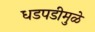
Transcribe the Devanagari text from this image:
धडपडीमुळे